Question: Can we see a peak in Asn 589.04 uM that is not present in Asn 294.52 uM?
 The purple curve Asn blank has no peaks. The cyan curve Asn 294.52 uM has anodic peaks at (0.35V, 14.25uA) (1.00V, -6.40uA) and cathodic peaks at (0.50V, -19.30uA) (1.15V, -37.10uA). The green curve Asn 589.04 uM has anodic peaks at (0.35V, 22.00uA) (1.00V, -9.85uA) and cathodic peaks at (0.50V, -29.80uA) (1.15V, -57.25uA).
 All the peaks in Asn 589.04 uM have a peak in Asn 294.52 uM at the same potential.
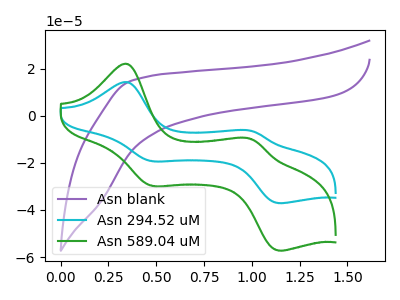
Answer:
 <answer>No, "Asn 589.04 uM" and "Asn 294.52 uM" don't appear to be significantly different in shape</answer>
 <eval>no_change</eval>